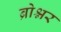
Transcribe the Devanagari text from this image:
ब्रोश्नर